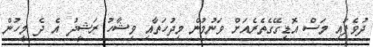
ދުވެފައި މަސް އޮޑިގޭގެތެރެއަށް ވަނުމުން މިދުހަތާއި ވިޝާހު ރަޝީދު އެ ދެ މީހުން